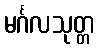
မင်္ဂလသုတ္တ